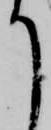
て